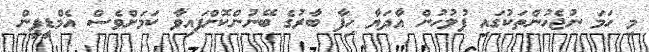
މި ހަމަ ނުޖެހުންތަކުގައި ފުލުހުން އާދަޔާ ހިފާ ބާރުގެ ބޭނުންކޮށްފައިވާ ކަމަށްވެސް އެމްޑީޕީން